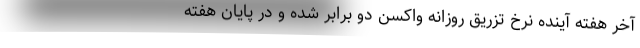
آخر هفته آینده نرخ تزریق روزانه واکسن دو برابر شده و در پایان هفته